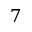
7